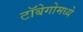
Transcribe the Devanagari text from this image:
टॉबेगोमध्ये